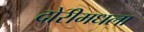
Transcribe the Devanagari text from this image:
दोरीमधला